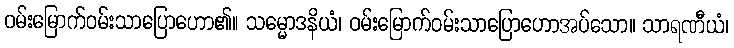
ဝမ်းမြောက်ဝမ်းသာပြောဟော၏။ သမ္မောဒနိယံ၊ ဝမ်းမြောက်ဝမ်းသာပြောဟောအပ်သော။ သာရဏီယံ၊